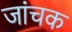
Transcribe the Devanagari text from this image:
जांचक